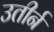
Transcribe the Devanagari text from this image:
उतीर्न